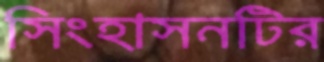
সিংহাসনটির